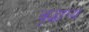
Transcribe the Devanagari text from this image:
वृद्धाप्य